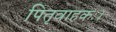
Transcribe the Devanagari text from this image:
पितृवाहकः।